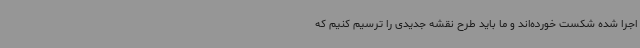
اجرا شده شکست خورده‌اند و ما باید طرح نقشه جدیدی را ترسیم کنیم که